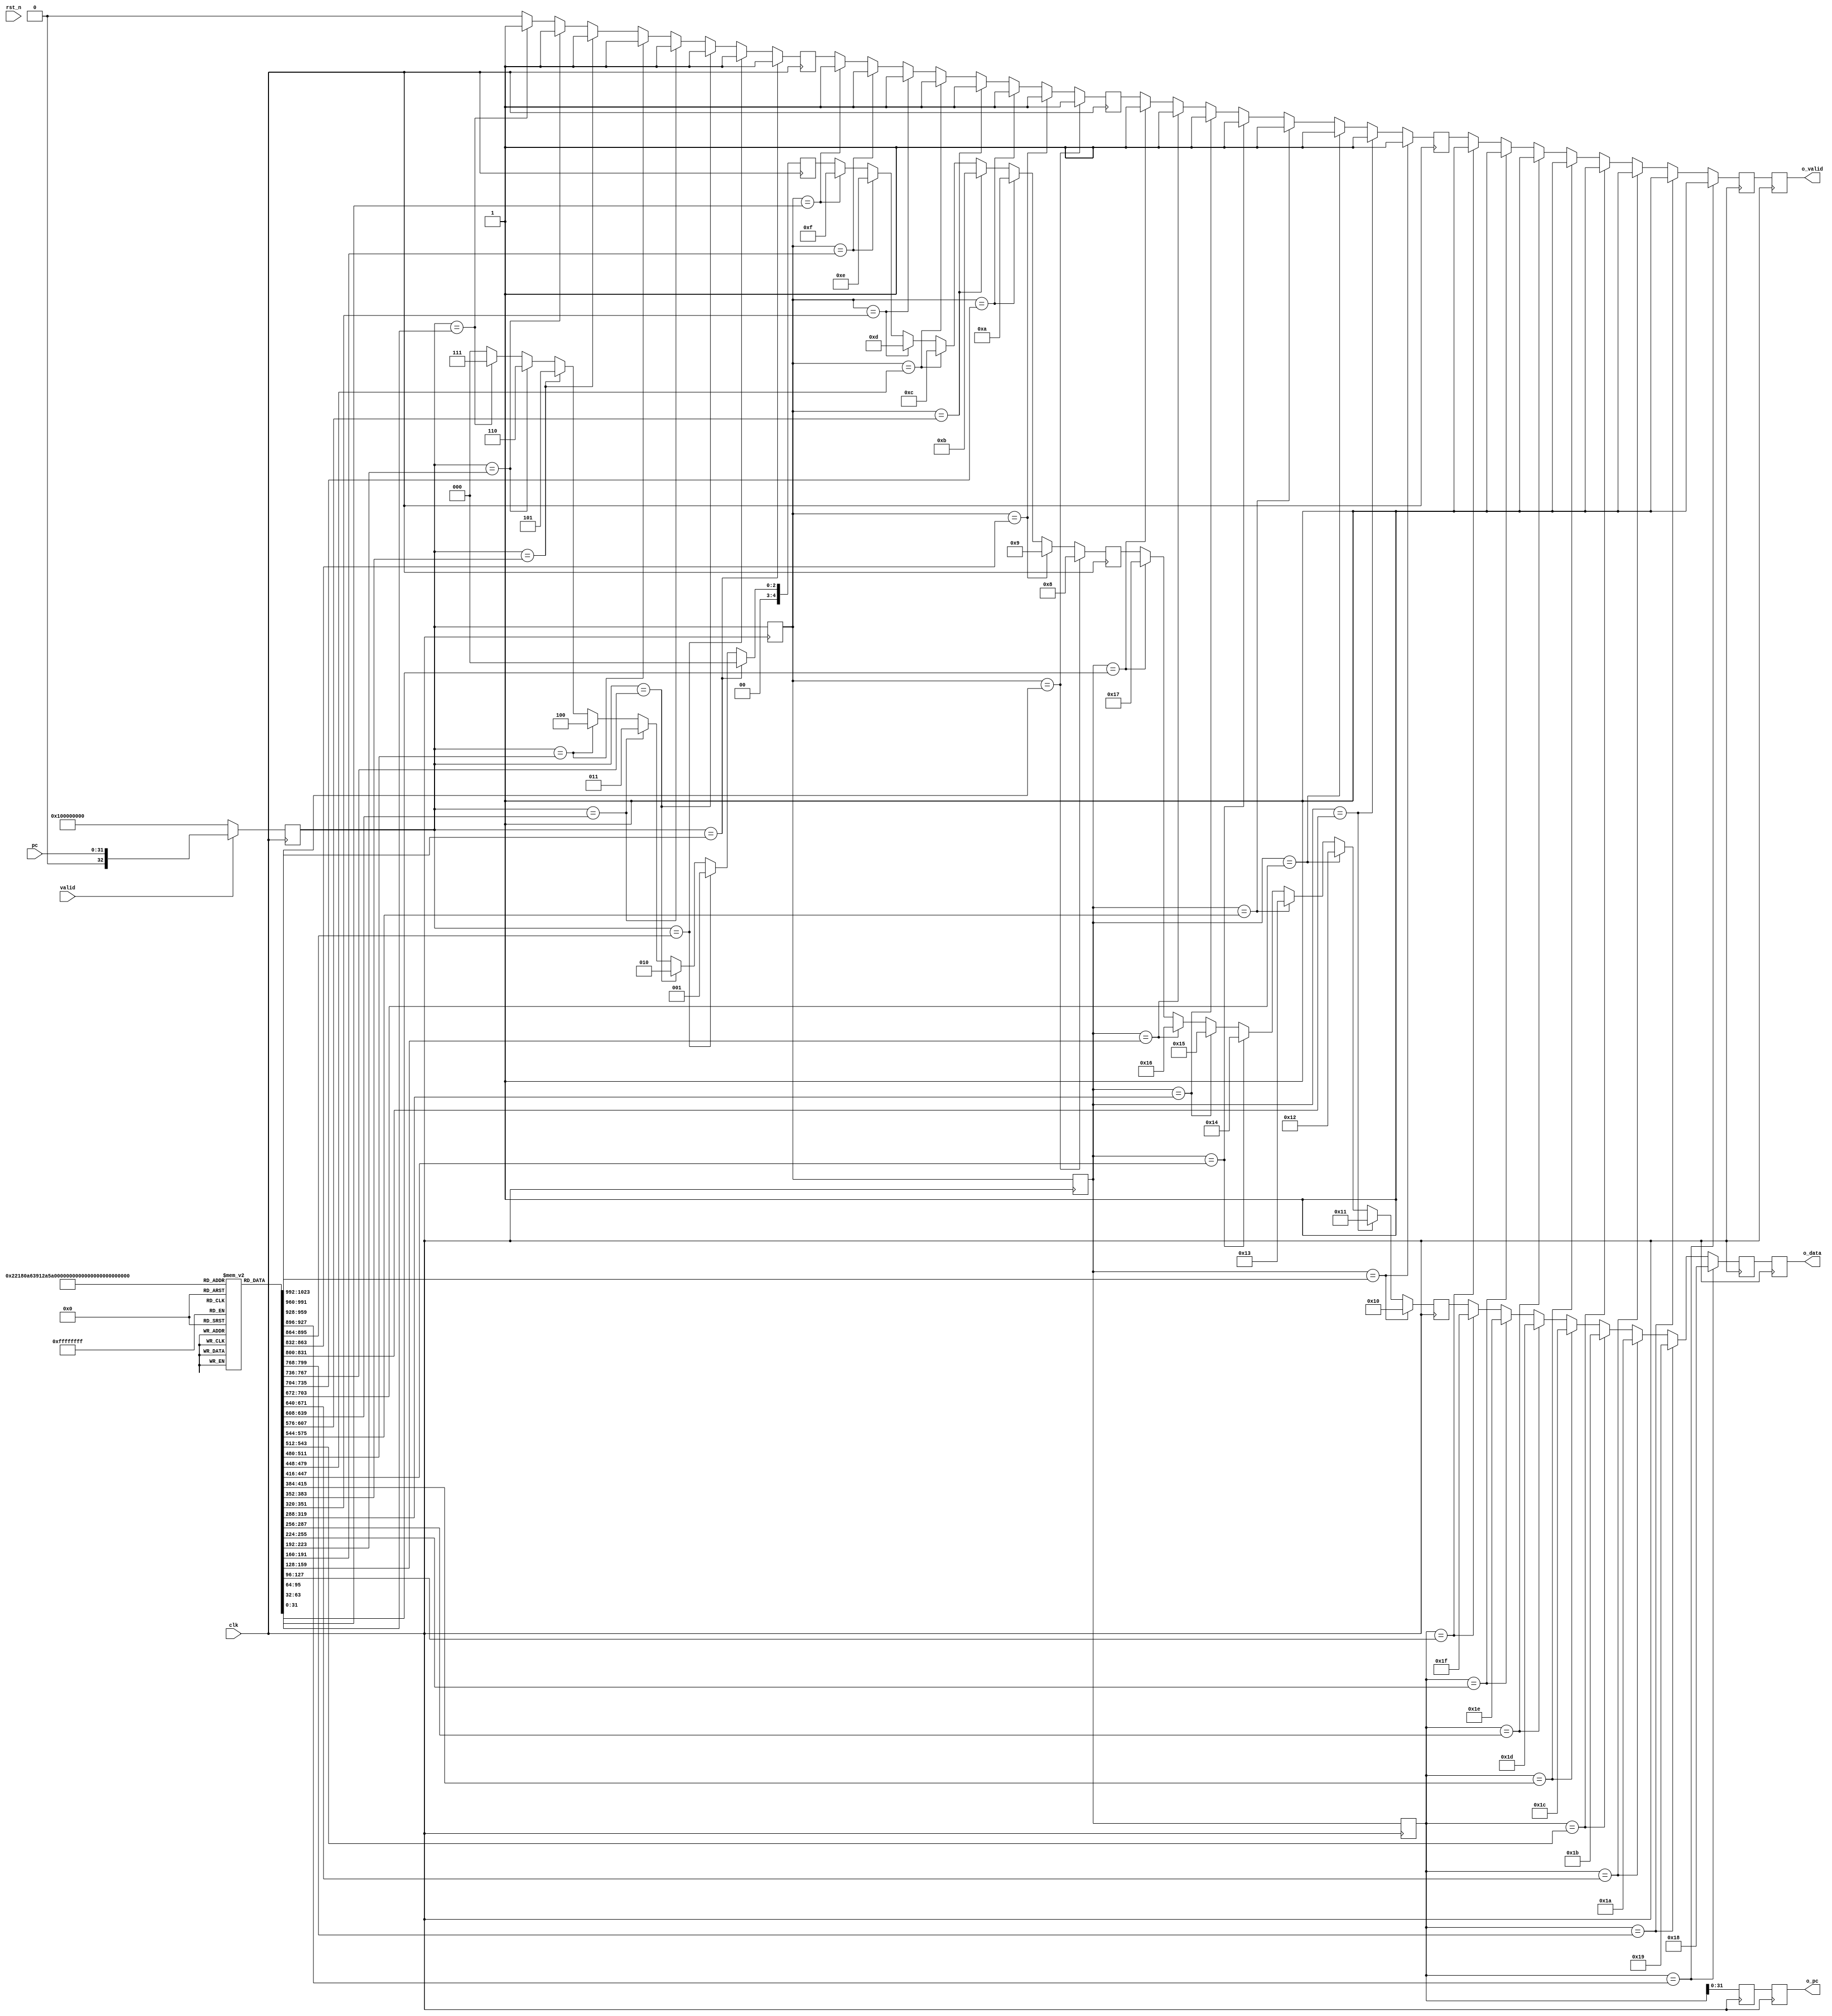
`timescale 1ns/1ps

module ctrl(
    input clk,
    input rst_n,

    input [31:0] pc,
    input valid,
    output reg [31:0] o_pc,
    output reg o_valid,
    output reg [4:0] o_data
);
    reg [31:0] symbol [31:0];

    reg [0:4] pc_valid;
    reg [4:0] pc_symbol [0:4];
    reg [32:0] pc_cache [0:4];

    integer i;
    initial begin
        for(i = 0; i < 32; i = i + 1) begin
            symbol[i] = i << 4;
        end
    end

    initial begin
        pc_symbol[0] <= 0;
        pc_valid[0] <= 0;
    end

    genvar j;
    generate for(j = 0; j < 4; j = j + 1) begin
        always @(posedge clk) begin
            pc_cache[j + 1] <= pc_cache[j];
            if(pc_cache[j] == symbol[8 * j]) begin
                pc_symbol[j + 1] <= 8 * j;
                pc_valid[j + 1] <= 1;
            end
            else if(pc_cache[j] == symbol[8 * j + 1]) begin
                pc_symbol[j + 1] <= 8 * j + 1;
                pc_valid[j + 1] <= 1;
            end
            else if(pc_cache[j] == symbol[8 * j + 2]) begin
                pc_symbol[j + 1] <= 8 * j + 2;
                pc_valid[j + 1] <= 1;
            end
            else if(pc_cache[j] == symbol[8 * j + 3]) begin
                pc_symbol[j + 1] <= 8 * j + 3;
                pc_valid[j + 1] <= 1;
            end
            else if(pc_cache[j] == symbol[8 * j + 4]) begin
                pc_symbol[j + 1] <= 8 * j + 4;
                pc_valid[j + 1] <= 1;
            end
            else if(pc_cache[j] == symbol[8 * j + 5]) begin
                pc_symbol[j + 1] <= 8 * j + 5;
                pc_valid[j + 1] <= 1;
            end
            else if(pc_cache[j] == symbol[8 * j + 6]) begin
                pc_symbol[j + 1] <= 8 * j + 6;
                pc_valid[j + 1] <= 1;
            end
            else if(pc_cache[j] == symbol[8 * j + 7]) begin
                pc_symbol[j + 1] <= 8 * j + 7;
                pc_valid[j + 1] <= 1;
            end
            else begin
                pc_symbol[j + 1] <= pc_symbol[j];
                pc_valid[j + 1] <= pc_valid[j];
            end
        end
    end
    endgenerate

    always @(posedge clk) begin
        if(valid) begin
            pc_cache[0] <= pc;
        end
        else begin
            pc_cache[0] <= (1 << 32);
        end
    end

    always @(posedge clk) begin
        o_valid <= pc_valid[4];
        o_pc <= pc_cache[4];
        o_data <= pc_symbol[4];
    end

    
endmodule